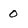
Character: 0